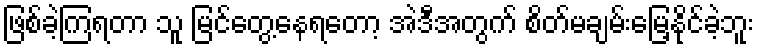
ဖြစ်ခဲ့ကြရတာ သူ မြင်တွေ့နေရတော့ အဲဒီအတွက် စိတ်မချမ်းမြေ့နိုင်ခဲ့ဘူး